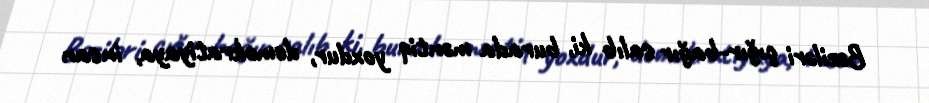
Bəziləri çığır-bağır salıb ki, burada məntiq yoxdur, demokratiyaya, insan